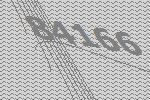
84166